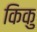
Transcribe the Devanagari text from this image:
किकु